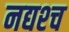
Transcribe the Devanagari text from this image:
नद्यश्‍च